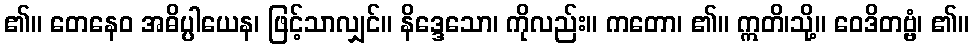
၏။ တေနေဝ အဓိပ္ပါယေန၊ ဖြင့်သာလျှင်။ နိဒ္ဒေသော၊ ကိုလည်း။ ကတော၊ ၏။ ဣတိ၊သို့။ ဝေဒိတဗ္ဗံ၊ ၏။